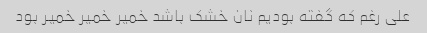
علی رغم که گفته بودیم نان خشک باشد خمیر خمیر خمیر بود